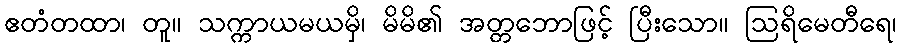
ဧတံတထာ၊ တူ။ သက္ကာယမယမှိ၊ မိမိ၏ အတ္တဘောဖြင့် ပြီးသော။ ဩရိမေတီရေ၊